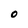
Character: O